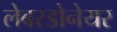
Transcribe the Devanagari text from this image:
लेबरडोनेयर